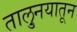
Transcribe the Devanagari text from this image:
तालु्नयातून